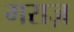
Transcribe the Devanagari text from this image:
गराज़